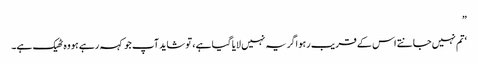
”
‘تم نہیں جانتے اس کے قریب رہو اگر یہ نہیں لایا گیا ہے ، تو شاید آپ جو کہہ رہے ہو وہ ٹھیک ہے۔